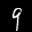
Label: 9